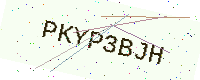
Text: PKYP3BJH